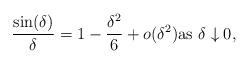
LaTeX: \begin{align*}\frac{\sin(\delta)}{\delta} = 1-\frac{\delta^2}{6}+o(\delta^2) \textrm{as }\delta \downarrow 0,\end{align*}